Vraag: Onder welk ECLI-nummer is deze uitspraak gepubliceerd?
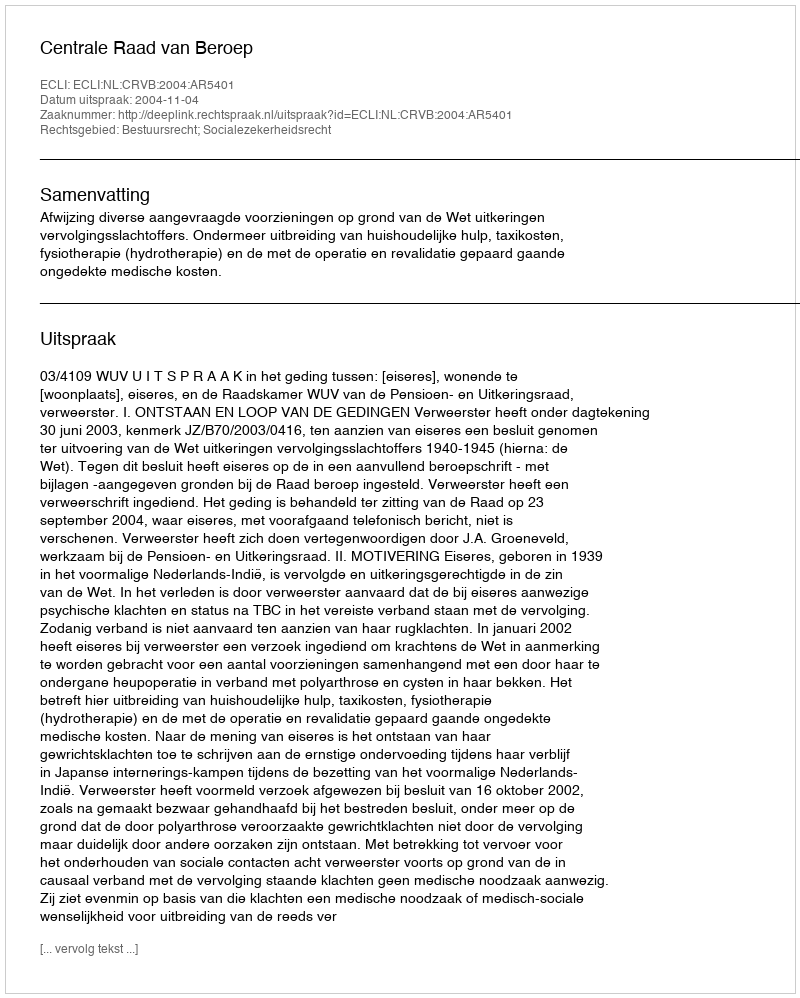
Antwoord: ECLI:NL:CRVB:2004:AR5401